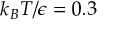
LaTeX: k _ { B } T / \epsilon = 0 . 3